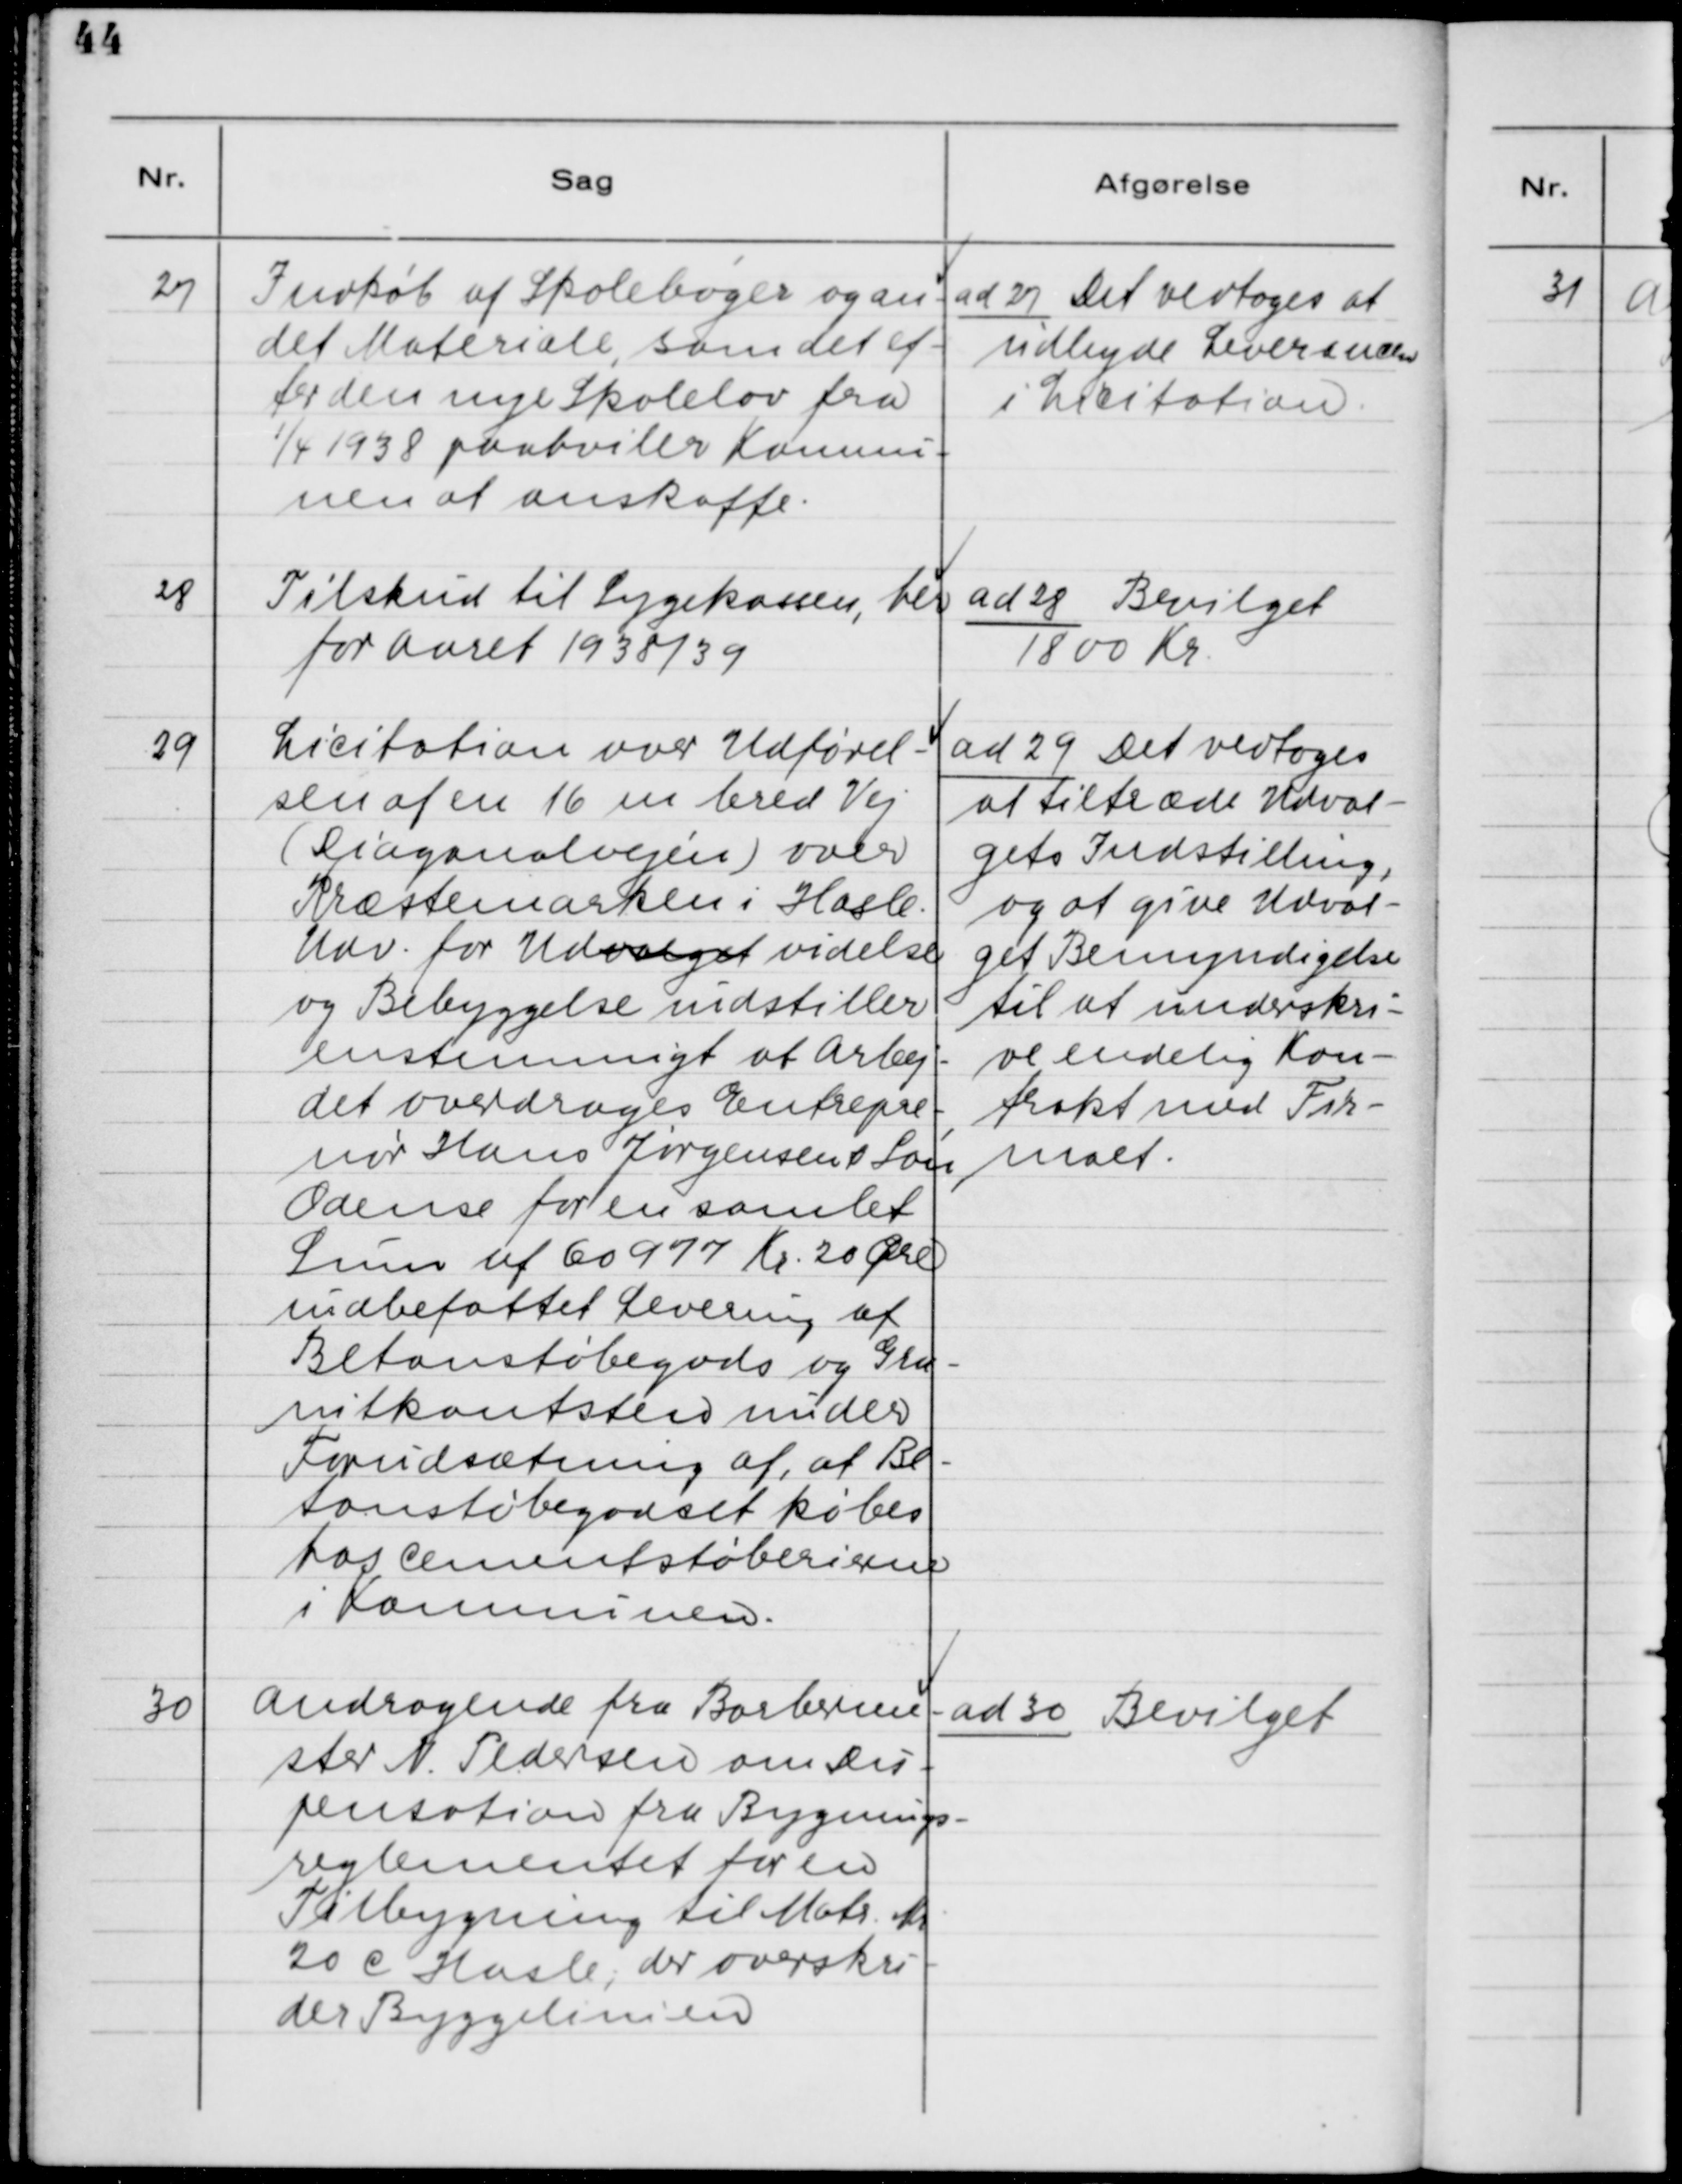
Transskription:
27. Indkøb af Skolebøger og an-
det Materiale, som det ef-
ter den nye Skolelov fra
1/4 1938 paahviler Kommu-
nen at anskaffe.

ad 27. Det vedtoges at
udbyde Leverencen
i Licitation.

28. Tilskud til Sygekassen, her
for Aaret 1938/39.

ad 28. Bevilget
1800 Kr.

29. Licitation over Udførel-
sen af en 16 m bred Vej
(Diagonalvejen) over
Præstemarken i Hasle.
Udv. for Udvalget videlse
og Bebyggelse indstiller
ensstemmigt at Arbej-
det overdrages Entrepre-
nør Hans Jørgensen & Søn,
Odense for en samlet
Sum af 6o977 Kr. 20 Øre
indbefattet Levering af
Betonstøbegods og Gra-
nitkantsten under
Forudsætning af, at Be-
tonstøbegodset købes
hos Cementstøberierne
i Kommunen.

ad 29. Det vedtoges
at tiltræde Udval-
gets Indstilling,
og at give Udval-
get Bemyndigelse
til at underskri-
ve endelig Kon-
trakt med Fir-
maet.

30. Andragende fra Barberme-
ster N. Pedersen om Dis-
pensation fra Bygnings-
reglementet for en
Tilbygning til Matr. Nr.
20 c Hasle, der overskri-
der Byggelinien.

ad 30. Bevilget.